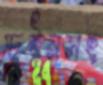
চেইনসহ